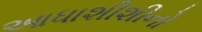
આધાશીશીનો